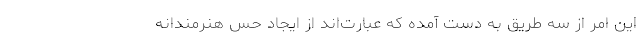
این امر از سه طریق به دست آمده که عبارت‌اند از ایجاد حس هنرمندانه